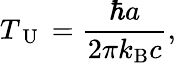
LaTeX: T_{\mathrm{~U~}}=\frac{\hbar a}{2\pi k_{\mathrm{B}}c},